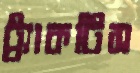
ট্র্যাকটিস